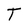
Character: T